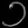
Digit: ၁